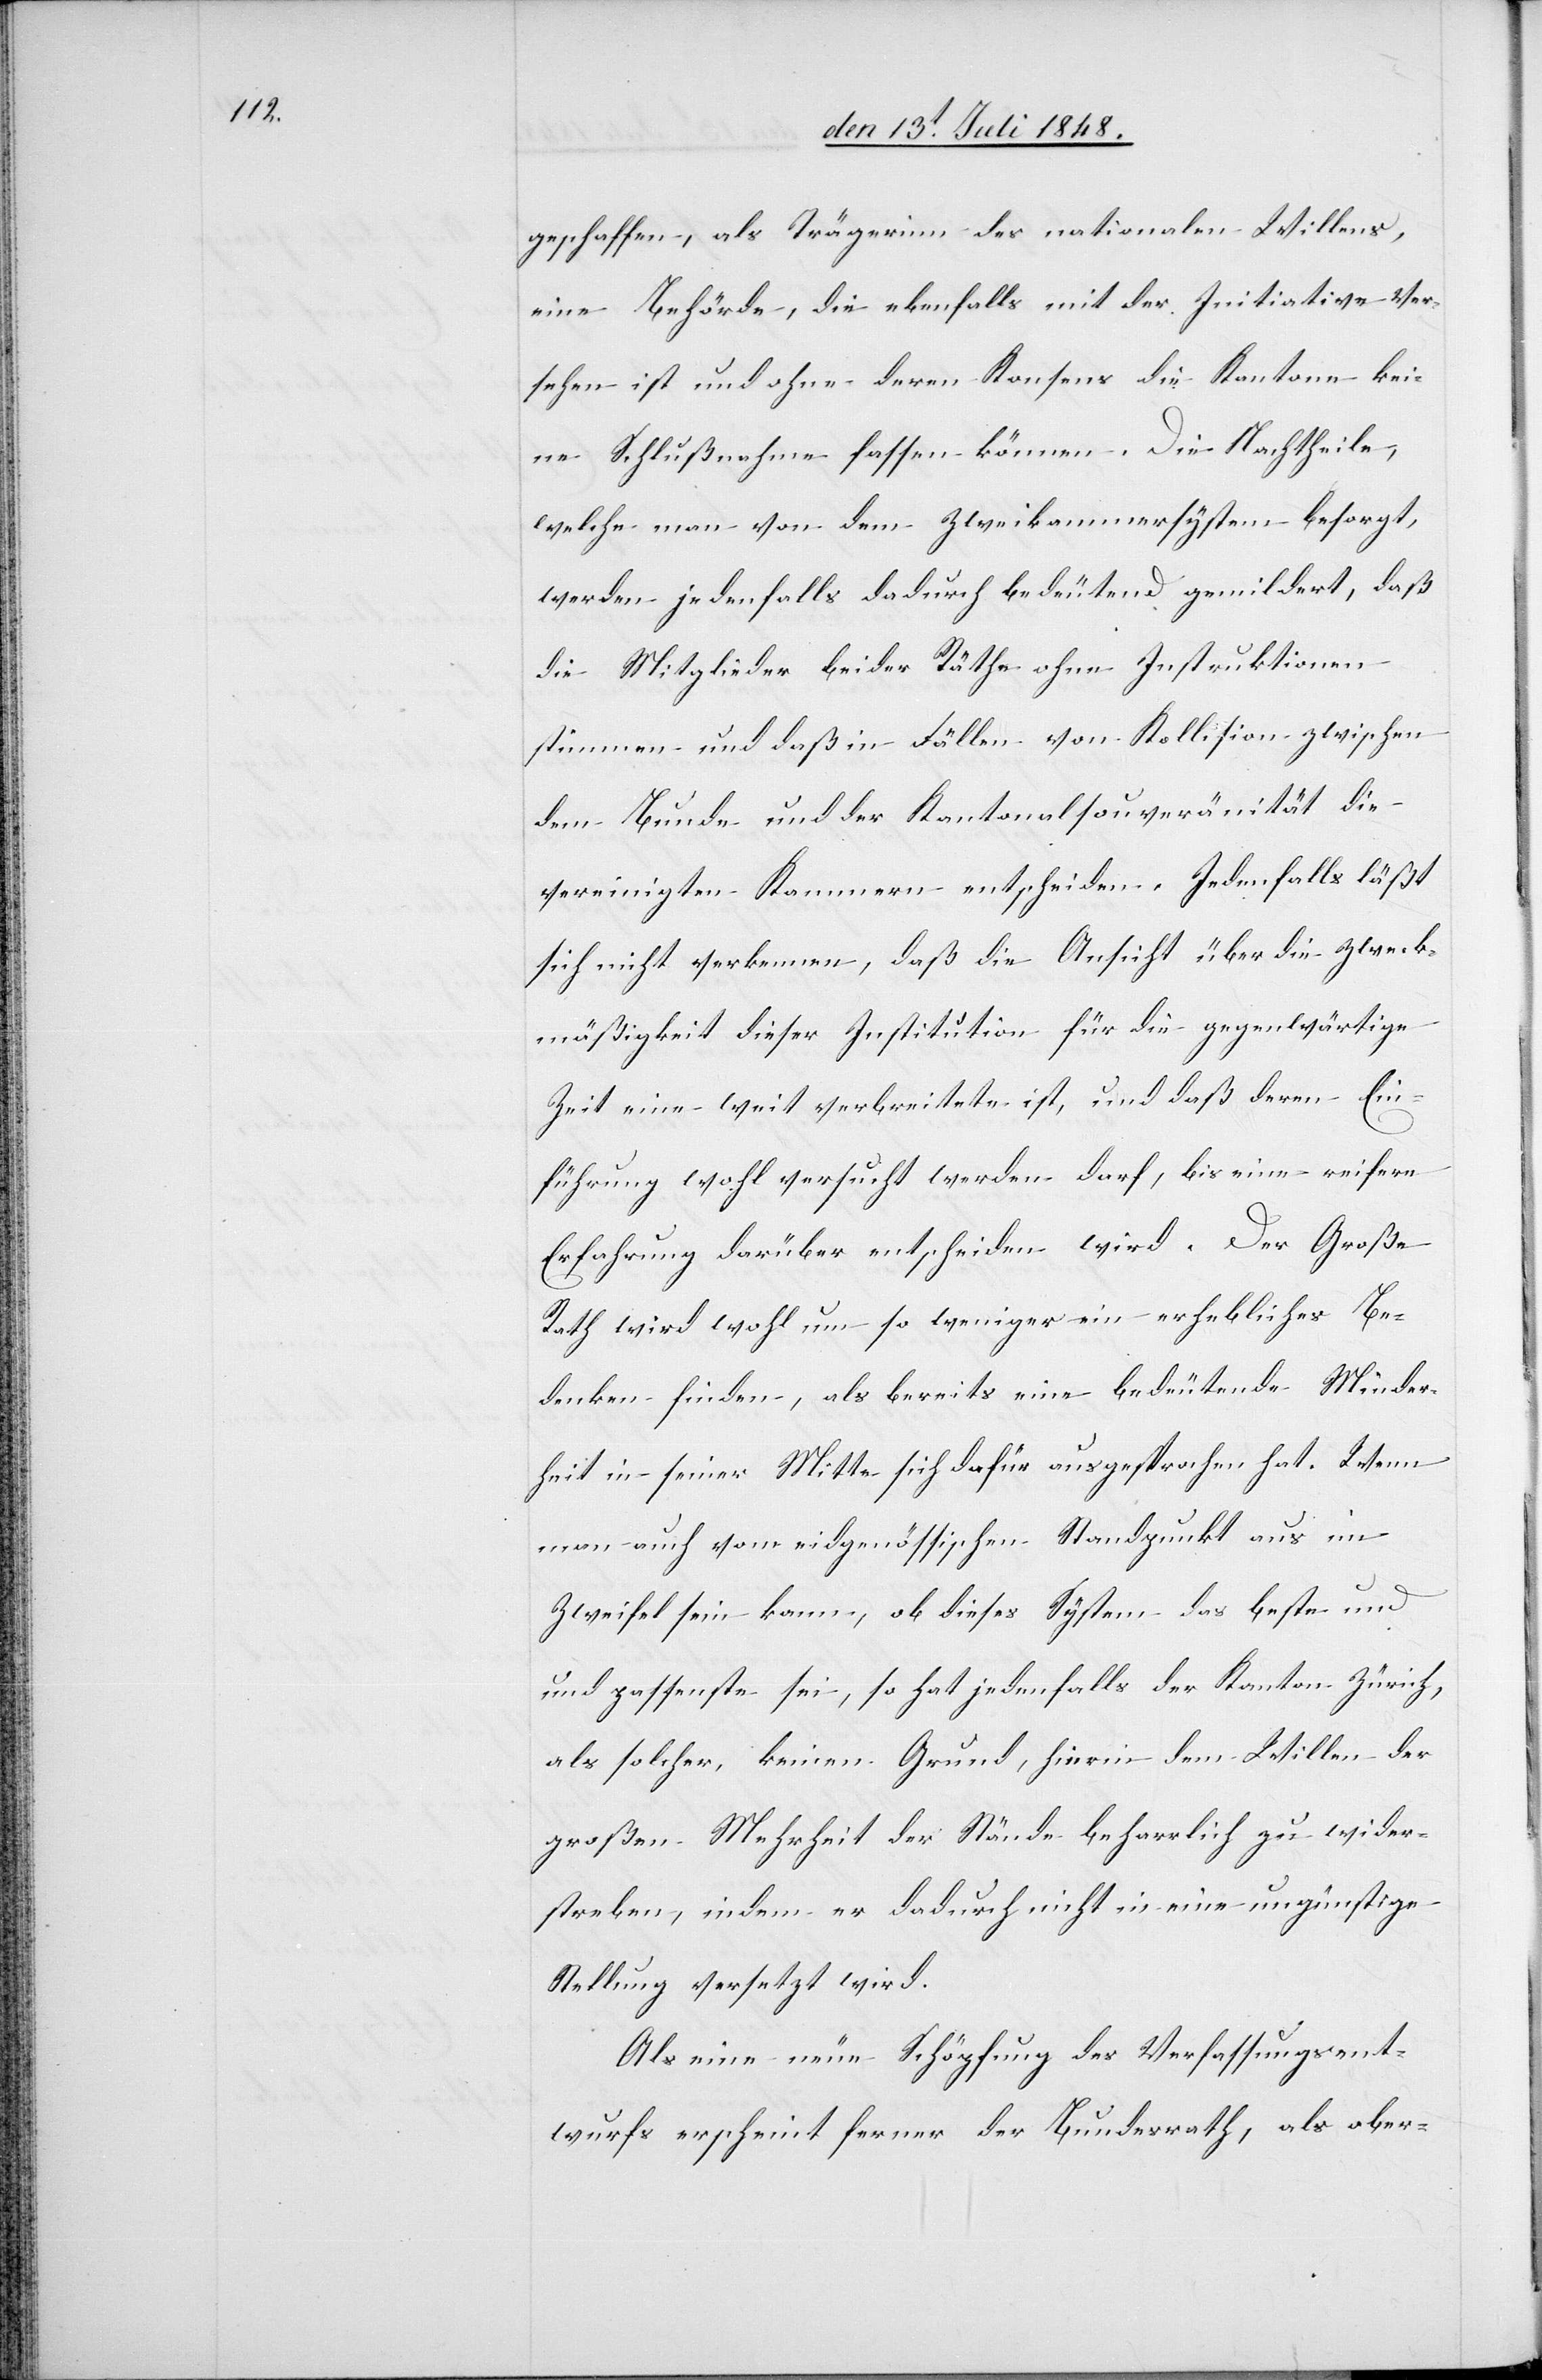
geschaffen, als Trägerinn des nationalen Willens,
eine Behörde, die ebenfalls mit der Initiative ver¬
sehen ist und ohne deren Konsens die Kantone kei¬
ne Schlußnahme fassen können. Die Nachtheile,
welche man von dem Zweikammersystem besorgt,
werden jedenfalls dadurch bedeutend gemildert, daß
die Mitglieder beider Räthe ohne Instruktionen
stimmen und daß in Fällen von Kollision zwischen
dem Bunde und der Kantonalsouveränität die
vereinigten Kammern entscheiden. Jedenfalls läßt
sich nicht verkennen, daß die Ansicht über die Zweck¬
mäßigkeit dieser Institution für die gegenwärtige
Zeit eine weit verbreitete ist, und daß deren Ein¬
führung wohl versucht werden darf, bis eine reifere
Erfahrung darüber entscheiden wird. Der Große
Rath wird wohl um so weniger ein erhebliches Be¬
denken finden, als bereits eine bedeutende Minder¬
heit in seiner Mitte sich dafür ausgesprochen hat. Wenn
man auch vom eidgenössischen Standpunkt aus im
Zweifel sein kann, ob dieses System das beste und
passenste sei, so hat jedenfalls der Kanton Zürich,
als solcher, keinen Grund, hier in dem Willen der
großen Mehrheit der Stände beharrlich zu wider¬
streben, indem er dadurch nicht in eine ungünstige
Stellung versetzt wird.
Als eine neue Schöpfung des Verfassungsent¬
wurfs erscheint ferner der Bundesraht, als ober-